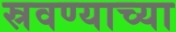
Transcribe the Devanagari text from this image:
स्रवण्याच्या